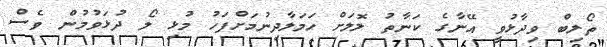
ތޯލިބް ވިދާޅުވީ އޭނާގެ ކަނާތު ލޮލަށް ހަމަލާދިނުމަށްފަހު މުޅި ލޯ ދުޅަވުމުން ވެސް